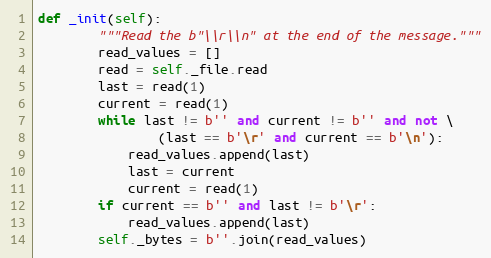
Language: Python
def _init(self):
        """Read the b"\\r\\n" at the end of the message."""
        read_values = []
        read = self._file.read
        last = read(1)
        current = read(1)
        while last != b'' and current != b'' and not \
                (last == b'\r' and current == b'\n'):
            read_values.append(last)
            last = current
            current = read(1)
        if current == b'' and last != b'\r':
            read_values.append(last)
        self._bytes = b''.join(read_values)